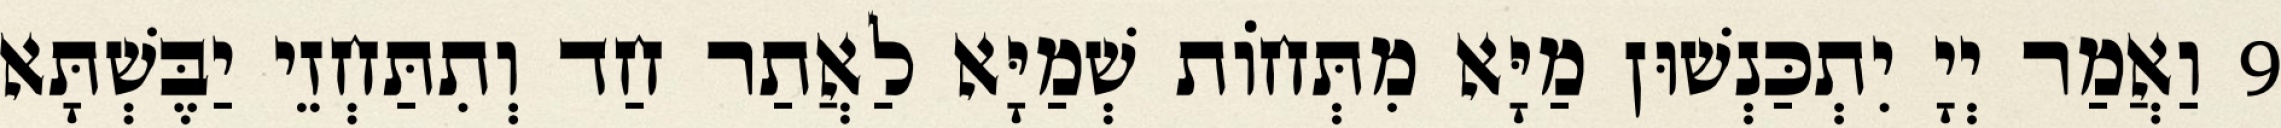
9 וַאֲמַר יְיָ יִתְכַּנְשׁוּן מַיָּא מִתְּחוֹת שְׁמַיָּא לַאֲתַר חַד וְתִתַּחְזֵי יַבֶּשְׁתָּא